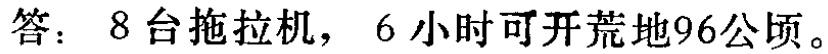
答：8台拖拉机，6小时可开荒地96公顷。